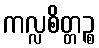
ကလ္လစိတ္တဉ္စ